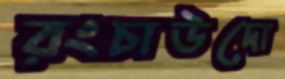
রংচাউদো